Lunatic asylums Madras 1892-1911 - 1892-1911
Year: 1892
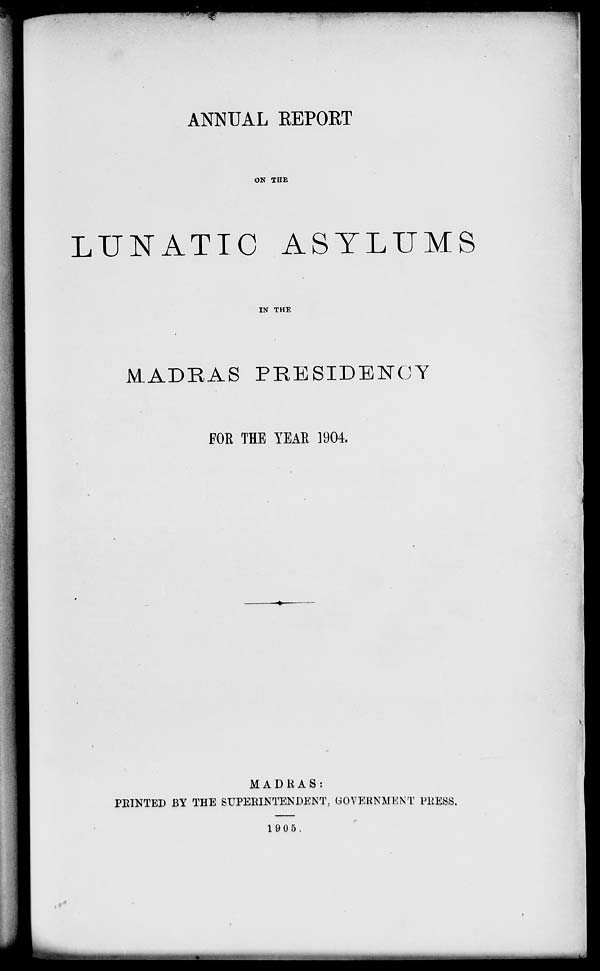
ANNUAL EEPORT
ON THE
LUNATIC ASYLUMS
IN THE
MADRAS PRESIDENCY
FOE THE YEAR 1904.
MADRAS:
PRINTED BY THE SUPERINTENDENT, GOVERNMENT PRESS.
19 0 5.
,•*
fl!K ,.